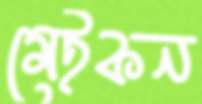
মেইকন